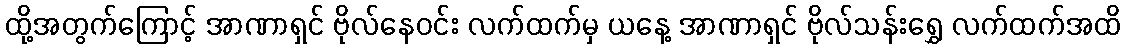
ထို့အတွက်ကြောင့် အာဏာရှင် ဗိုလ်နေဝင်း လက်ထက်မှ ယနေ့ အာဏာရှင် ဗိုလ်သန်းရွှေ လက်ထက်အထိ